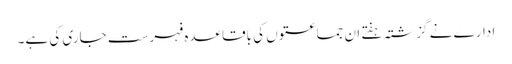
ادارے نے گزشتہ ہفتے ان جماعتوں کی باقاعدہ فہرست جاری کی ہے۔